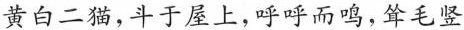
黄白二猫，斗于屋上，呼呼而鸣，耸毛竖